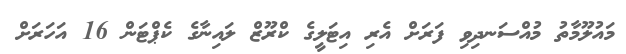
މައުލޫމާތު މުއްސަނދިވި ފަރަށް އެރި އިޓަލީގެ ކްރޫޒް ލައިނާގެ ކެޕްޓަން 16 އަހަރަށް